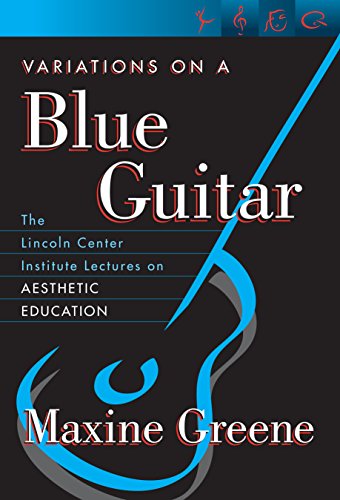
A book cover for Variations on a Blue Guitar: The Lincoln Center Institute Lectures on Aesthetic Education; Maxine Greene; Politics & Social Sciences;